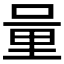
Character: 𨤥